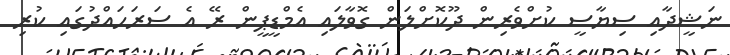
ނަޝީދާއި ސިޔާސީ ކުށްވެރިން ދޫކޮށްލަން ގޮވާލައި އެމްޑީޕީން ރޭ އެ ސަރަހައްދުގައި ކުރި